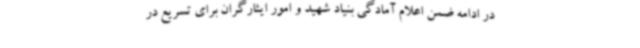
در ادامه ضمن اعلام آمادگی بنیاد شهید و امور ایثارگران برای تسریع در